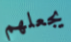
يجعلهم